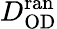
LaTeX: D_{\mathrm{OD}}^{\mathrm{ran}}